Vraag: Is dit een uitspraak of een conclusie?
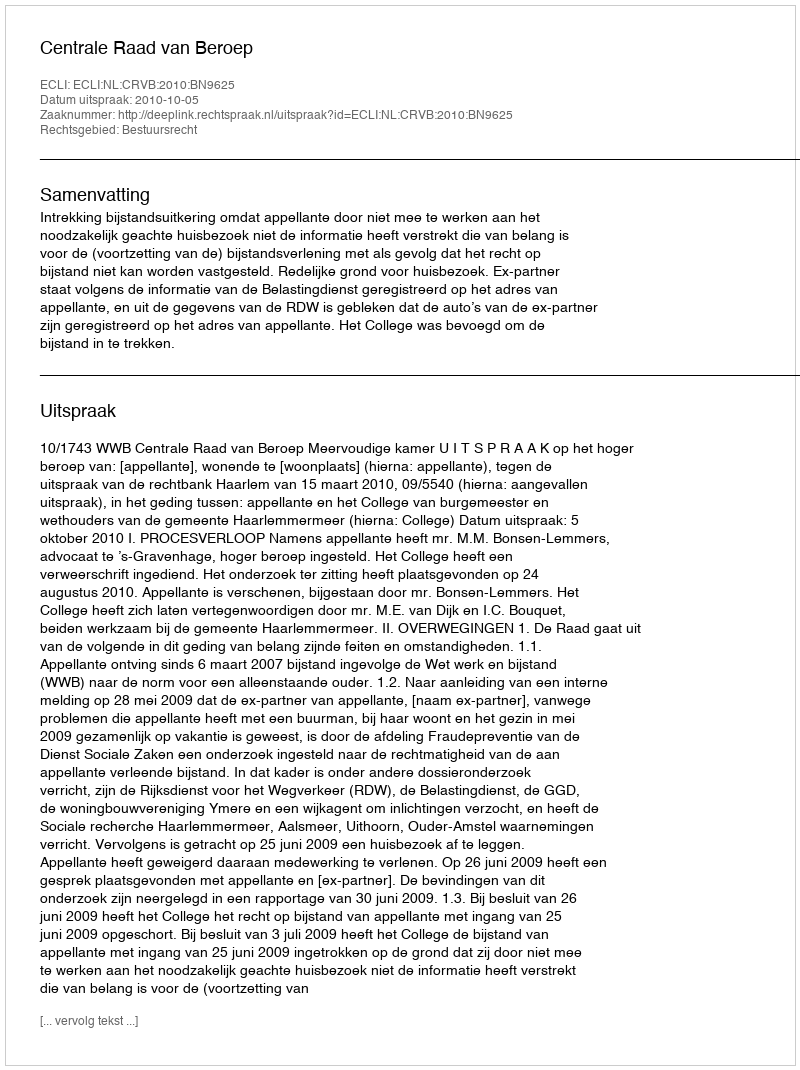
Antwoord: Uitspraak